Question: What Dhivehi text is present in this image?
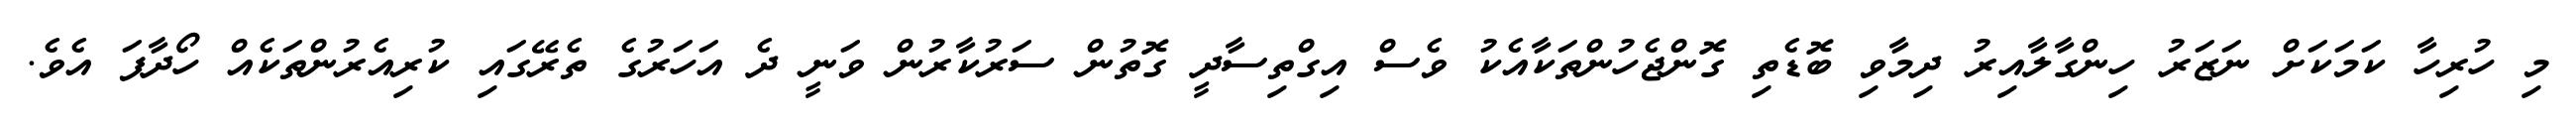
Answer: މި ހުރިހާ ކަމަކަށް ނަޒަރު ހިންގާލާއިރު ދިމާވި ބޮޑެތި ގޮންޖެހުންތަކާއެކު ވެސް އިގްތިސާދީ ގޮތުން ސަރުކާރުން ވަނީ ދެ އަހަރުގެ ތެރޭގައި ކުރިއެރުންތަކެއް ހޯދާފަ އެވެ.